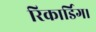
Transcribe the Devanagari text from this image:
रिकार्डिग।